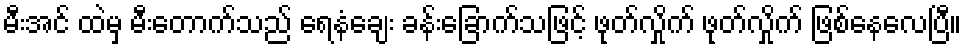
မီးအင် ထဲမှ မီးတောက်သည် ရေနံချေး ခန်းခြောက်သဖြင့် ဖုတ်လှိုက် ဖုတ်လှိုက် ဖြစ်နေလေပြီ။